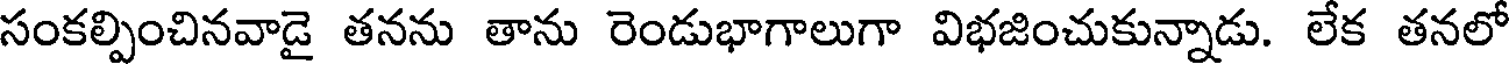
సంకల్పించినవాడై తనను తాను రెండుభాగాలుగా విభజించుకున్నాడు. లేక తనలో